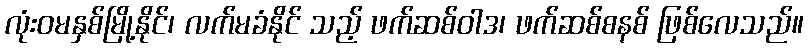
လုံးဝမနှစ်မြို့နိုင်၊ လက်မခံနိုင် သည့် ဖက်ဆစ်ဝါဒ၊ ဖက်ဆစ်စနစ် ဖြစ်လေသည်။